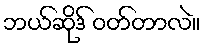
ဘယ်ဆိုဒ် ဝတ်တာလဲ။